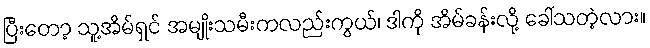
ပြီးတော့ သူ့အိမ်ရှင် အမျိုးသမီးကလည်းကွယ်၊ ဒါကို အိမ်ခန်းလို့ ခေါ်သတဲ့လား။